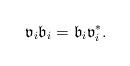
LaTeX: \begin{align*}\mathfrak v_i\mathfrak b_i = \mathfrak b_i\mathfrak v_i^*.\end{align*}